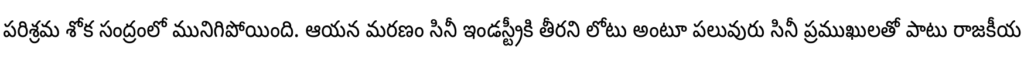
పరిశ్రమ శోక సంద్రంలో మునిగిపోయింది. ఆయన మరణం సినీ ఇండస్ట్రీకి తీరని లోటు అంటూ పలువురు సినీ ప్రముఖులతో పాటు రాజకీయ